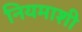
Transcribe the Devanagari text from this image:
नियमाशी